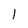
Character: l